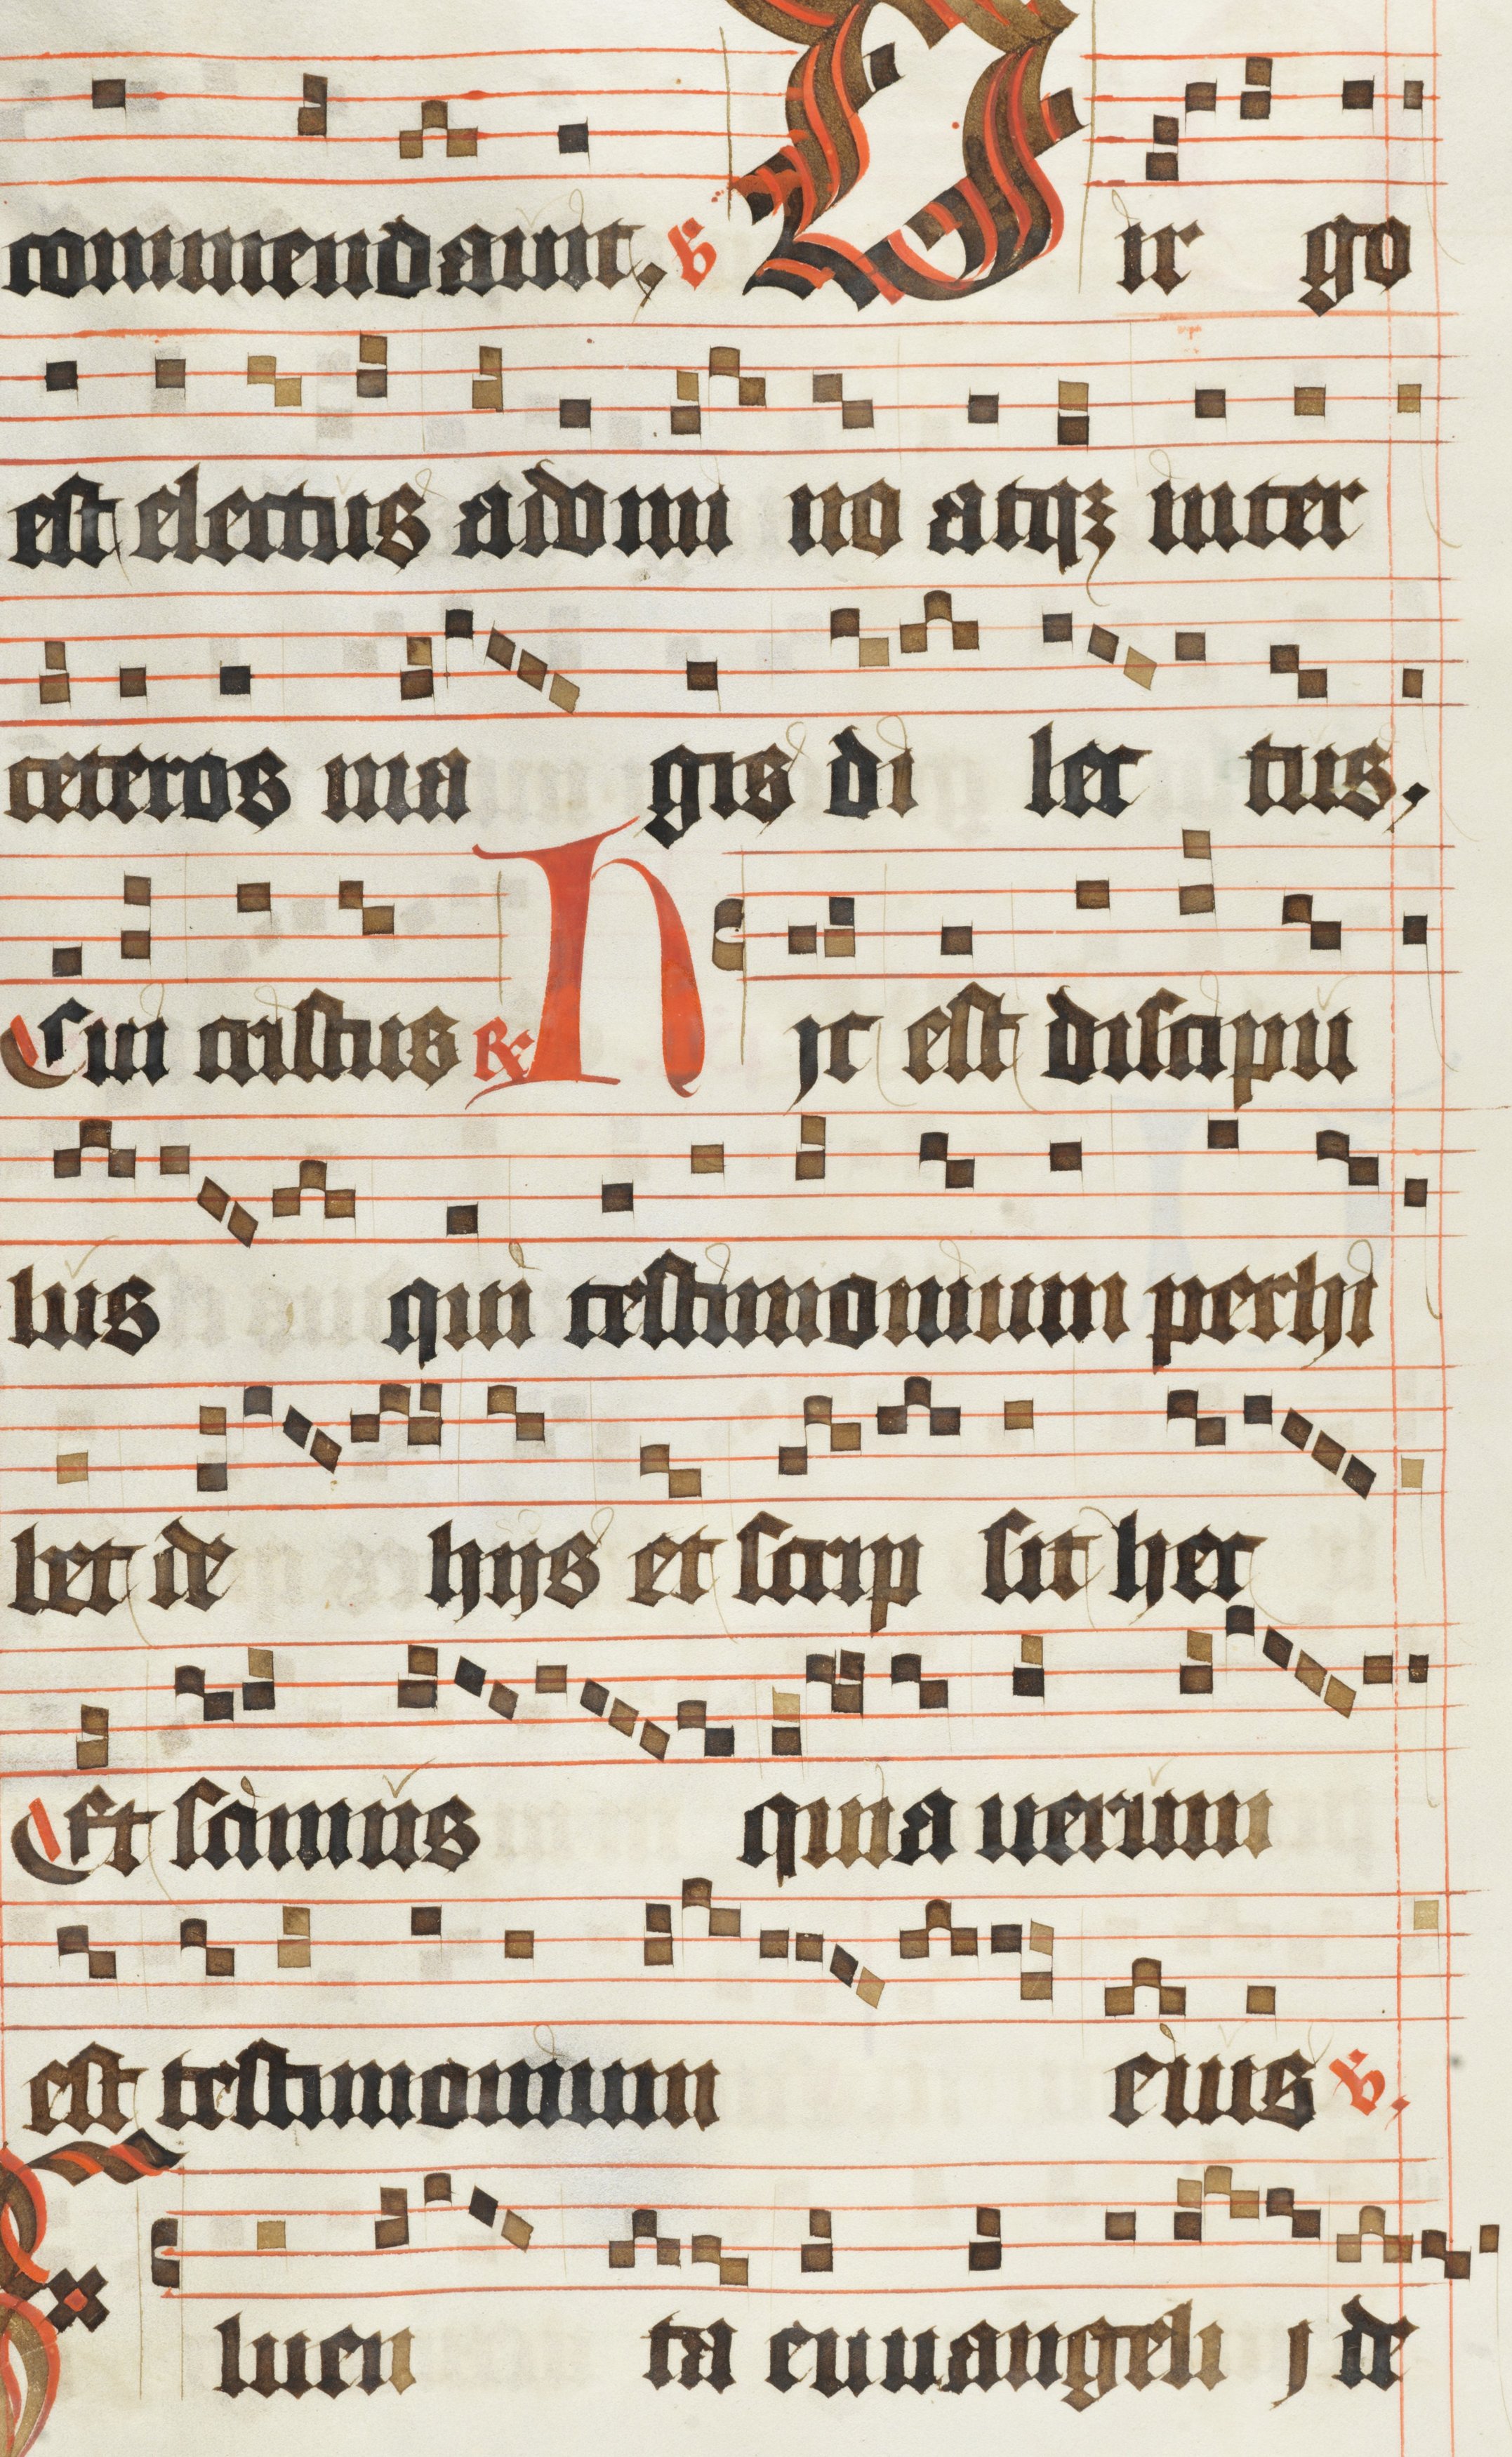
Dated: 1483–1484